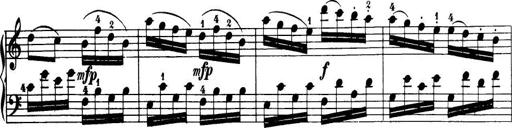
Title: 32 Sonatinas and Rondos for the Piano
Composer: Richard Kleinmichel